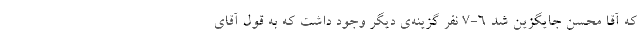
که آقا محسن جایگزین شد ۶-۷ نفر گزینه‌ی دیگر وجود داشت که به قول آقای